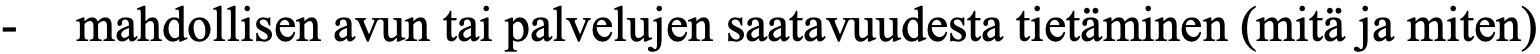
-  mahdollisen avun tai palvelujen saatavuudesta tietäminen (mitä ja miten)